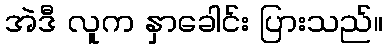
အဲဒီ လူက နှာခေါင်း ပြားသည်။